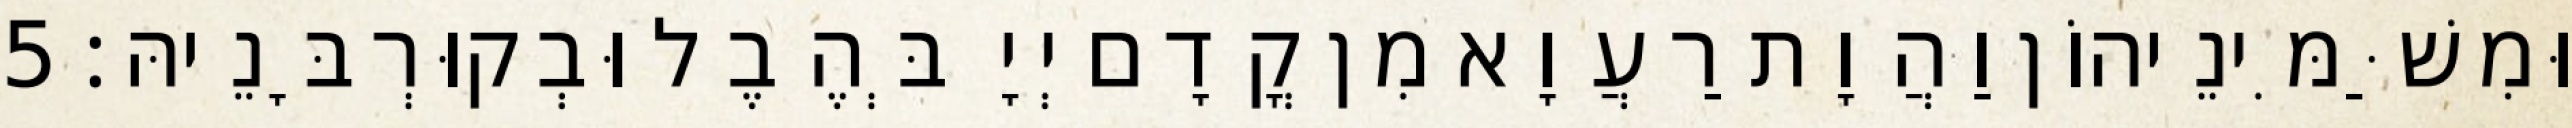
וּמִשַּׁמִּינֵיהוֹן וַהֲוָת רַעֲוָא מִן קֳדָם יְיָ בְּהֶבֶל וּבְקוּרְבָּנֵיהּ׃ 5